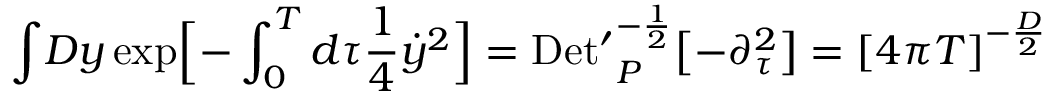
{ \displaystyle \int } { \cal D } y \, \mathrm { e x p } \Bigl [ - \int _ { 0 } ^ { T } d \tau { \frac { 1 } { 4 } } { \dot { y } } ^ { 2 } \Bigr ] = \mathrm { D e t ^ { \prime } } _ { P } ^ { - { \frac { 1 } { 2 } } } \bigl [ - { \partial } _ { \tau } ^ { 2 } \bigr ] = { \lbrack 4 \pi T \rbrack } ^ { - { \frac { D } { 2 } } } \,